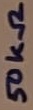
Text: 50KΩ